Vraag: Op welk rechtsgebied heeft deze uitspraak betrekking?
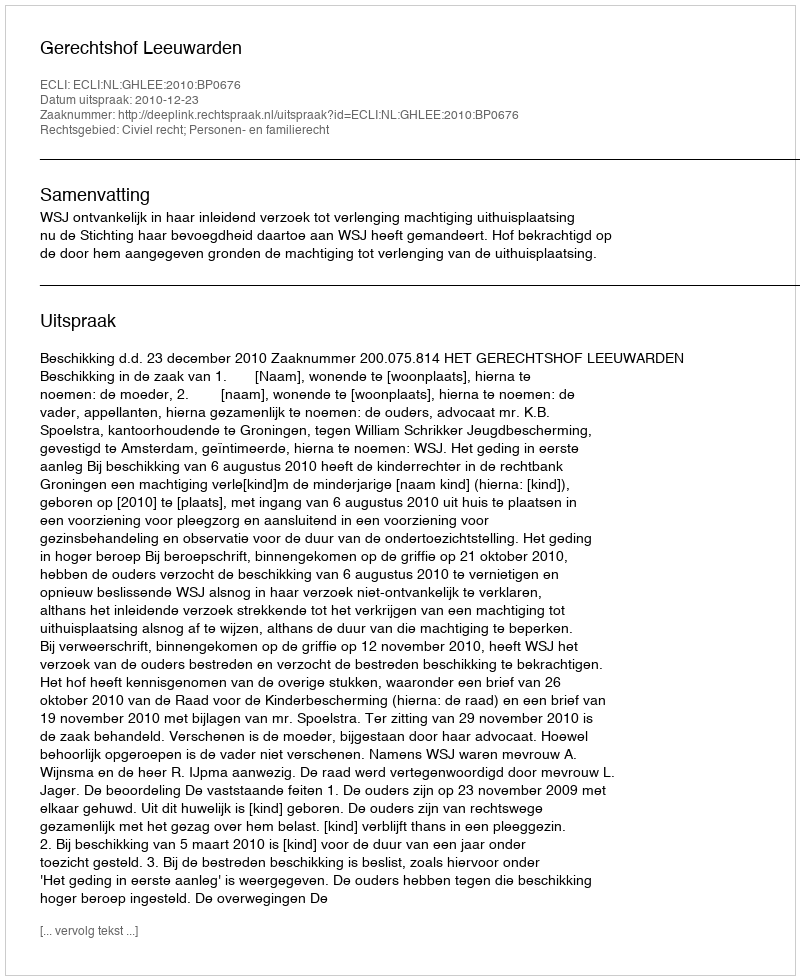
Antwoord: Civiel recht; Personen- en familierecht